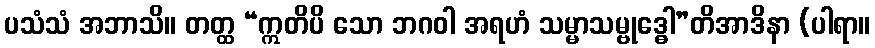
ပသံသံ အဘာသိ။ တတ္ထ “ဣတိပိ သော ဘဂဝါ အရဟံ သမ္မာသမ္ဗုဒ္ဓေါ”တိအာဒိနာ (ပါရာ။